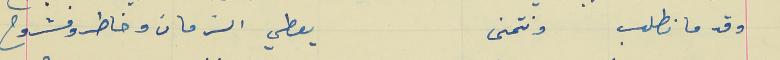
وقد ما نطلب ونتمنى                                                 يعطي الزمان وخاطرو مشروح